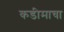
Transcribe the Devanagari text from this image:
कडीमाचा